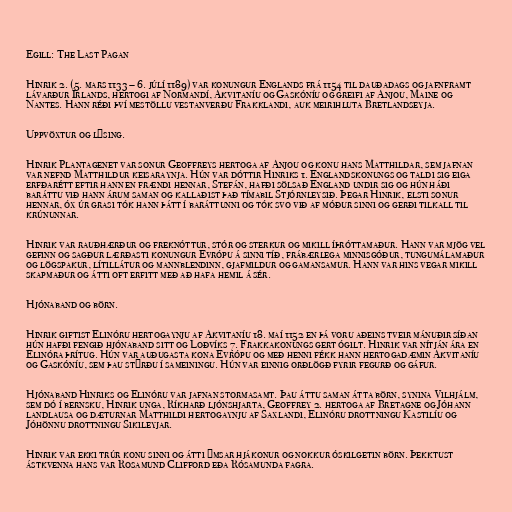
Egill: The Last Pagan

Hinrik 2. (5. mars 1133 – 6. júlí 1189) var konungur Englands frá 1154 til dauðadags og jafnframt
lávarður Írlands, hertogi af Normandí, Akvitaníu og Gaskóníu og greifi af Anjou, Maine og
Nantes. Hann réði því mestöllu vestanverðu Frakklandi, auk meirihluta Bretlandseyja.

Uppvöxtur og lýsing.

Hinrik Plantagenet var sonur Geoffreys hertoga af Anjou og konu hans Matthildar, sem jafnan
var nefnd Matthildur keisaraynja. Hún var dóttir Hinriks 1. Englandskonungs og taldi sig eiga
erfðarétt eftir hann en frændi hennar, Stefán, hafði sölsað England undir sig og hún háði
baráttu við hann árum saman og kallaðist það tímabil Stjórnleysið. Þegar Hinrik, elsti sonur
hennar, óx úr grasi tók hann þátt í baráttunni og tók svo við af móður sinni og gerði tilkall til
krúnunnar.

Hinrik var rauðhærður og freknóttur, stór og sterkur og mikill íþróttamaður. Hann var mjög vel
gefinn og sagður lærðasti konungur Evrópu á sinni tíð, frábærlega minnisgóður, tungumálamaður
og lögspakur, lítillátur og mannblendinn, gjafmildur og gamansamur. Hann var hins vegar mikill
skapmaður og átti oft erfitt með að hafa hemil á sér.

Hjónaband og börn.

Hinrik giftist Elinóru hertogaynju af Akvitaníu 18. maí 1152 en þá voru aðeins tveir mánuðir síðan
hún hafði fengið hjónaband sitt og Loðvíks 7. Frakkakonungs gert ógilt. Hinrik var nítján ára en
Elinóra þrítug. Hún var auðugasta kona Evrópu og með henni fékk hann hertogadæmin Akvitaníu
og Gaskóníu, sem þau stýrðu í sameiningu. Hún var einnig orðlögð fyrir fegurð og gáfur.

Hjónaband Hinriks og Elinóru var jafnan stormasamt. Þau áttu saman átta börn, synina Vilhjálm,
sem dó í bernsku, Hinrik unga, Ríkharð ljónshjarta, Geoffrey 2. hertoga af Bretagne og Jóhann
landlausa og dæturnar Matthildi hertogaynju af Saxlandi, Elinóru drottningu Kastilíu og
Jóhönnu drottningu Sikileyjar.

Hinrik var ekki trúr konu sinni og átti ýmsar hjákonur og nokkur óskilgetin börn. Þekktust
ástkvenna hans var Rosamund Clifford eða Rósamunda fagra.